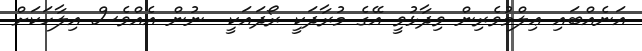
އަނެއްބައި ޢިލްމުވެރިން ވިދާޅުވީ އޭގެ މުރާދަކީ ރޯދައަކީ  ނުން އެއްވެސް އިލާހަކަށް